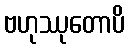
ဗဟုဿုတောပိ